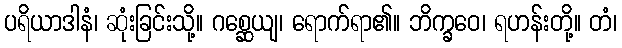
ပရိယာဒါနံ၊ ဆုံးခြင်းသို့။ ဂစ္ဆေယျ၊ ရောက်ရာ၏။ ဘိက္ခဝေ၊ ရဟန်းတို့။ တံ၊